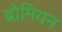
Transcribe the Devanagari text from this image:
ब्रोमियन